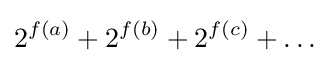
2^{f(a)}+2^{f(b)}+2^{f(c)}+\ldots